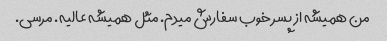
من همیشه از پسر خوب سفارش میدم. مثل همیشه عالیه. مرسی.